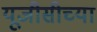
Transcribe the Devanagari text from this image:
यूजीसीच्या